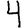
Digit: 4